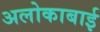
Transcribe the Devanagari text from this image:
अलोकाबाई